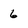
Character: 6